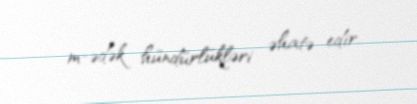
m-ədək hündürlükləri əhatə edir.